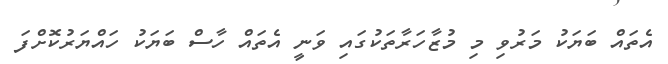
އެތައް ބަޔަކު މަރުވި މި މުޒާހަރާތަކުގައި ވަނީ އެތައް ހާސް ބަޔަކު ހައްޔަރުކޮށްފަ